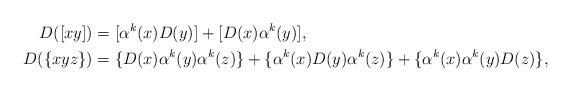
LaTeX: \begin{align*}D([xy])&=[\alpha^k(x)D(y)]+[D(x)\alpha^k(y)],\\D(\{xyz\})&=\{D(x)\alpha^k(y)\alpha^k(z)\}+\{\alpha^k(x)D(y)\alpha^k(z)\}+\{\alpha^k(x)\alpha^k(y)D(z)\},\end{align*}